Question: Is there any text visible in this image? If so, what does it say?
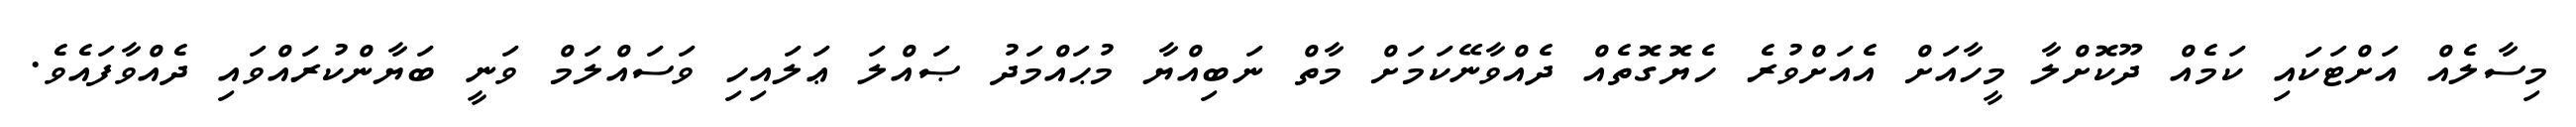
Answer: މިސާލެއް އަށްޓަކައި ކަމެއް ދޫކޮށްލާ މީހާއަށް އެއަށްވުރެ ހެޔޮގޮތެއް ދެއްވާނޭކަމަށް މާތް ނަބިއްޔާ މުޙައްމަދު ޞައްލަ ޢަލައިހި ވަސައްލަމް ވަނީ ބަޔާންކުރައްވައި ދެއްވާފައެވެ.